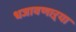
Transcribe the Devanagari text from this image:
धजावणाऱ्या